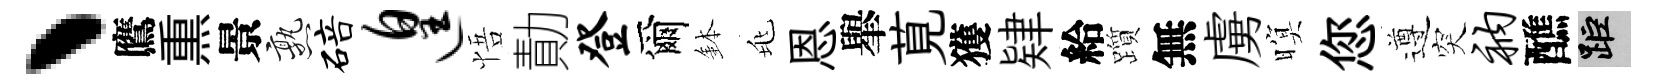
丶鷹𤋱景熟碚遑悟勣登爾鉢兆恩𦦙莧獲肄給躓無虜暝您遵突衲醮距